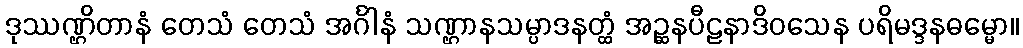
ဒုဿဏ္ဌိတာနံ တေသံ တေသံ အင်္ဂါနံ သဏ္ဌာနသမ္ပာဒနတ္ထံ အဉ္ဆနပီဠနာဒိဝသေန ပရိမဒ္ဒနဓမ္မော။